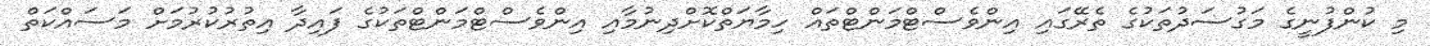
މި ކުންފުނީގެ މަގުސަދުތަކުގެ ތެރޭގައި އިންވެސްޓްމަންޓްތައް ހިމާޔަތްކޮށްދިނުމާއި އިންވެސްޓްމަންޓްތަކުގެ ފައިދާ އިތުރުކުރުމަށް މަސައްކަތް